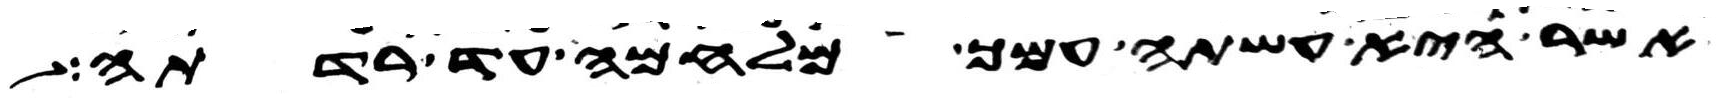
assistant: אשר היא עשתה עמך מלחמה עד רדתה